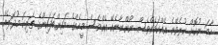
ހާމަ ނުކޮށް ކުރެވޭނެ އެއްކަމެއްވެސް ނޯންނާނެއޭ އެއްވެސް މީހެއްގެ މައިންބަފައިންގެ ތަރިކަ މުދަލެއް